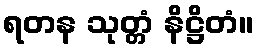
ရတန သုတ္တံ နိဋ္ဌိတံ။